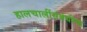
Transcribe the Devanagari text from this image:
हालचालींसंबंधीचा